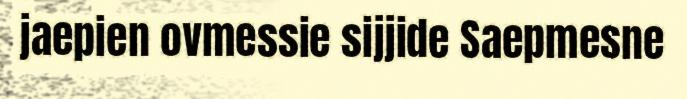
jaepien ovmessie sijjide Saepmesne